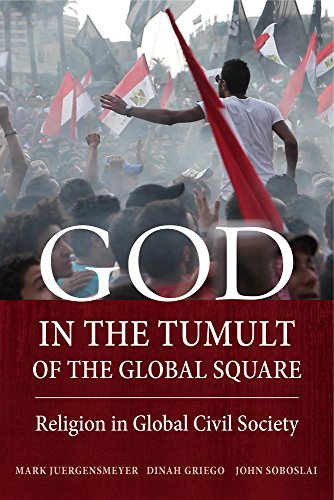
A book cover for God in the Tumult of the Global Square: Religion in Global Civil Society; Mark Juergensmeyer; Law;